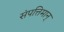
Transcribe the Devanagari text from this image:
संपत्तिमान्